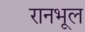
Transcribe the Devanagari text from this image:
रानभूल